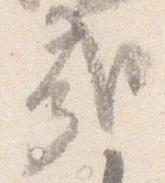
哉